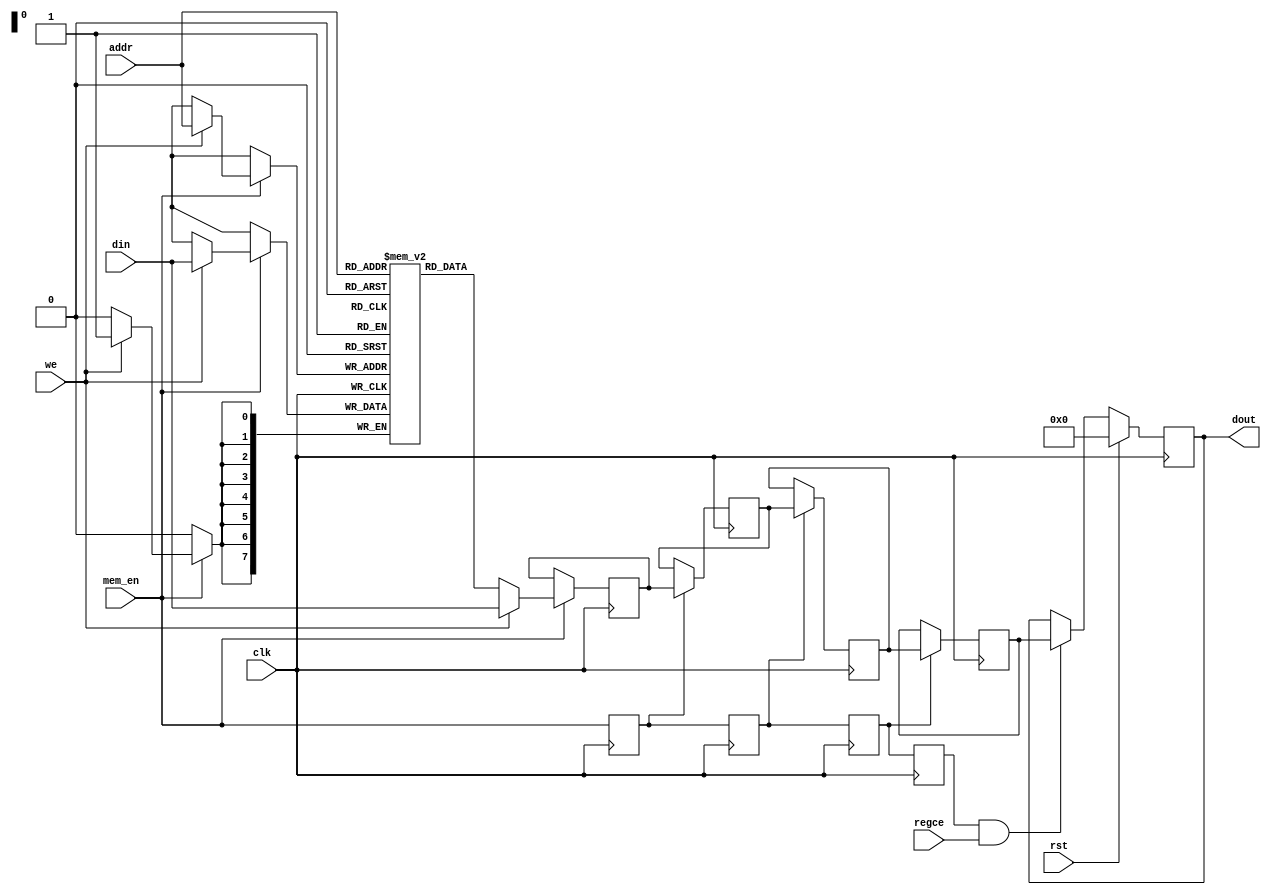
//  Xilinx UltraRAM Single Port Write First Mode.  This code implements
//  a parameterizable UltraRAM block in write first mode. The behavior of this RAM is
//  when data is written, the new memory contents at the write address are
//  presented on the output port.
//
module xilinx_ultraram_single_port_write_first #(

//Default parameters were changed because of slow test
  //parameter AWIDTH = 12,  // Address Width
  //parameter DWIDTH = 72,  // Data Width
  //parameter NBPIPE = 3    // Number of pipeline Registers
  parameter AWIDTH = 8,  // Address Width
  parameter DWIDTH = 8,  // Data Width
  parameter NBPIPE = 3    // Number of pipeline Registers
 ) (
    input clk,                    // Clock
    input rst,                    // Reset
    input we,                     // Write Enable
    input regce,                  // Output Register Enable
    input mem_en,                 // Memory Enable
    input [DWIDTH-1:0] din,       // Data Input
    input [AWIDTH-1:0] addr,      // Address Input
    output reg [DWIDTH-1:0] dout  // Data Output
   );

(* ram_style = "ultra" *)
reg [DWIDTH-1:0] mem[(1<<AWIDTH)-1:0];        // Memory Declaration
reg [DWIDTH-1:0] memreg;
reg [DWIDTH-1:0] mem_pipe_reg[NBPIPE-1:0];    // Pipelines for memory
reg mem_en_pipe_reg[NBPIPE:0];                // Pipelines for memory enable

integer          i;

// RAM : Both READ and WRITE have a latency of one
always @ (posedge clk)
begin
 if(mem_en)
  begin
    if(we)
    begin
      mem[addr] <= din;
     memreg <= din;
   end
    else
     memreg <= mem[addr];
  end
end

// The enable of the RAM goes through a pipeline to produce a
// series of pipelined enable signals required to control the data
// pipeline.
always @ (posedge clk)
begin
 mem_en_pipe_reg[0] <= mem_en;
 for (i=0; i<NBPIPE; i=i+1)
   mem_en_pipe_reg[i+1] <= mem_en_pipe_reg[i];
end

// RAM output data goes through a pipeline.
always @ (posedge clk)
begin
 if (mem_en_pipe_reg[0])
  mem_pipe_reg[0] <= memreg;
end

always @ (posedge clk)
begin
  for (i = 0; i < NBPIPE-1; i = i+1)
   if (mem_en_pipe_reg[i+1])
     mem_pipe_reg[i+1] <= mem_pipe_reg[i];
end

// Final output register gives user the option to add a reset and
// an additional enable signal just for the data ouptut
always @ (posedge clk)
begin
 if (rst)
  dout <= 0;
 else if (mem_en_pipe_reg[NBPIPE] && regce)
  dout <= mem_pipe_reg[NBPIPE-1];
end
endmodule